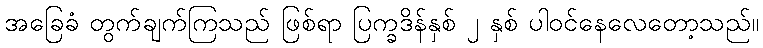
အခြေခံ တွက်ချက်ကြသည် ဖြစ်ရာ ပြက္ခဒိန်နှစ် ၂ နှစ် ပါဝင်နေလေတော့သည်။